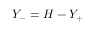
Y _ { - } = H - Y _ { + }